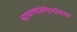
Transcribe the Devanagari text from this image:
चाचण्यांसंदर्भातला